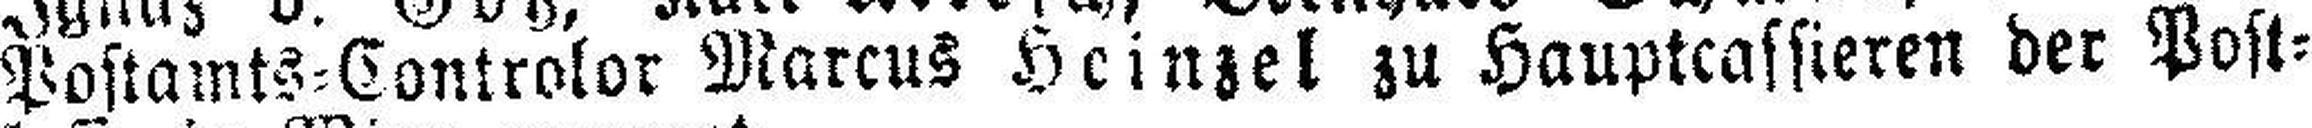
Postamts=Controlor Marcus Heinzel zu Hauptcassieren der Post¬